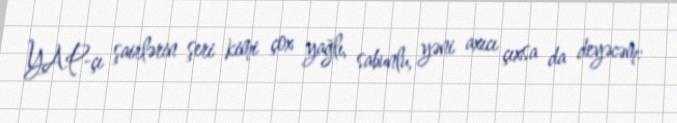
YAP-çı şairlərin şeri kimi çox yağlı, sabunlu, yəni axıcı çıxsa da deyəcəm: